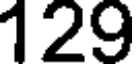
129